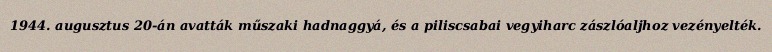
1944. augusztus 20-án avatták műszaki hadnaggyá, és a piliscsabai vegyiharc zászlóaljhoz vezényelték.